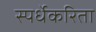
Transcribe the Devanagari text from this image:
स्पर्धेकरिता